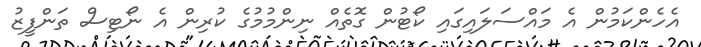
އެހެންކަމުން އެ މައްސަލައިގައި ކޯޓުން ގޮތެއް ނިންމުމުގެ ކުރިން އެ ނޯޓިސް ތަންފީޒު